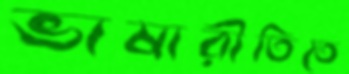
ভাষারীতিতে